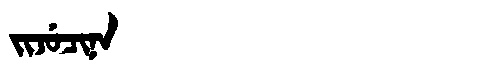
Manchu: ᠵᡳᠵᡠᠴᡳᠨᠠ
Romanization: JIJUCINA